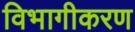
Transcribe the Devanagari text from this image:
विभागीकरण